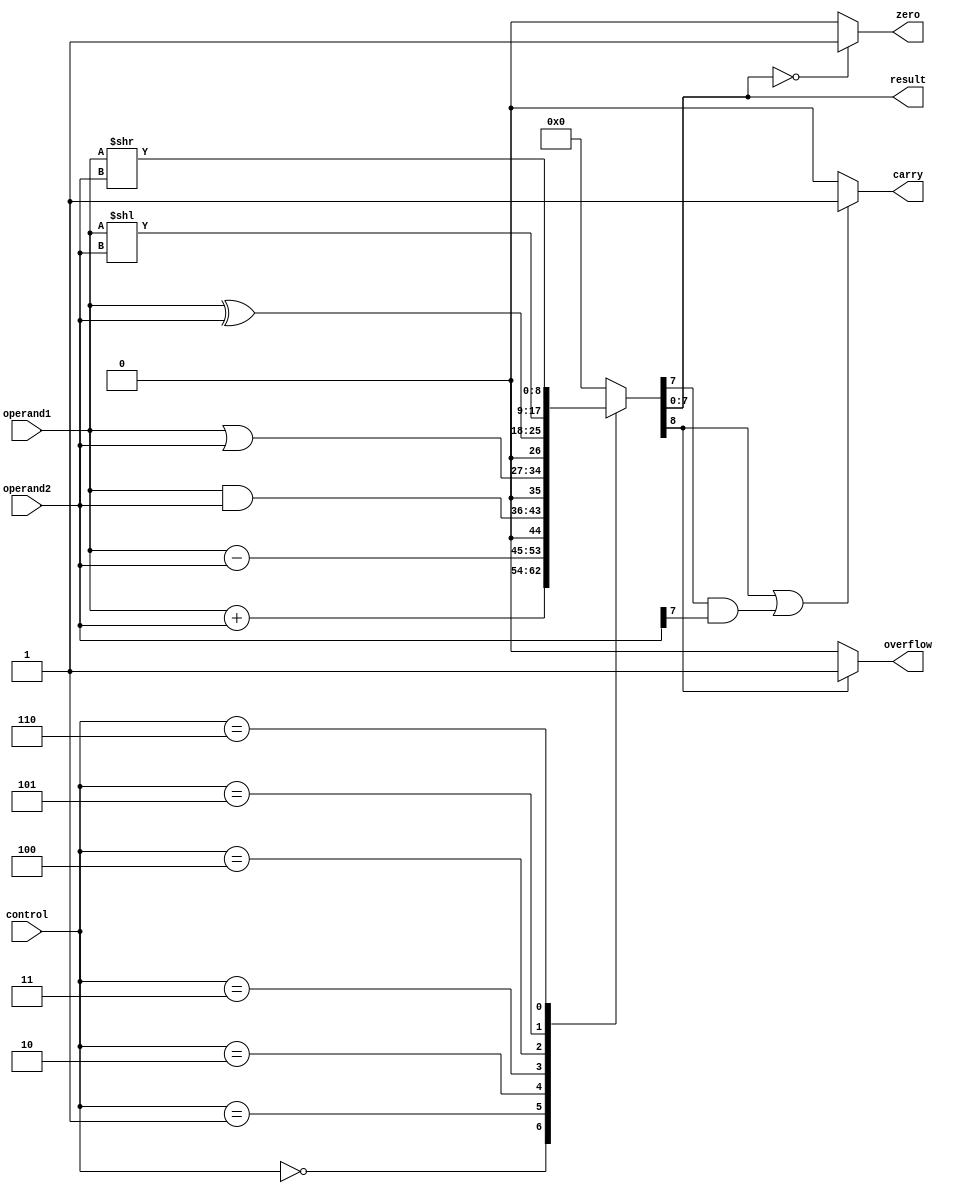
module ALU (
	input [7:0] operand1,
	input [7:0] operand2,
	input [2:0] control,
	output reg [7:0] result,
	output reg zero,
	output reg overflow,
	output reg carry
);

reg [8:0] temp_result;

always @ (operand1, operand2, control) begin
	case (control)
	3'b000: temp_result <= operand1 + operand2; // Addition
	3'b001: temp_result <= operand1 - operand2; // Subtraction
	3'b010: temp_result <= operand1 & operand2; // Bitwise AND
	3'b011: temp_result <= operand1 | operand2; // Bitwise OR
	3'b100: temp_result <= operand1 ^ operand2; // Bitwise XOR
	3'b101: temp_result <= operand1 << operand2; // Bitwise Left Shift
	3'b110: temp_result <= operand1 >> operand2; // Bitwise Right Shift
	default: temp_result <= 8'b00000000; // Default case
	endcase
end

assign result = temp_result[7:0];
assign zero = (result == 8'b00000000) ? 1'b1 : 1'b0;
assign overflow = (temp_result[8] == 1) ? 1'b1 : 1'b0;
assign carry = (temp_result[8] | (temp_result[7] & operand2[7])) ? 1'b1 : 1'b0;

endmodule